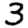
Digit: 3